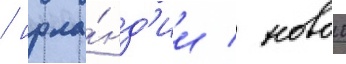
/ ирла́нд'ии / новои